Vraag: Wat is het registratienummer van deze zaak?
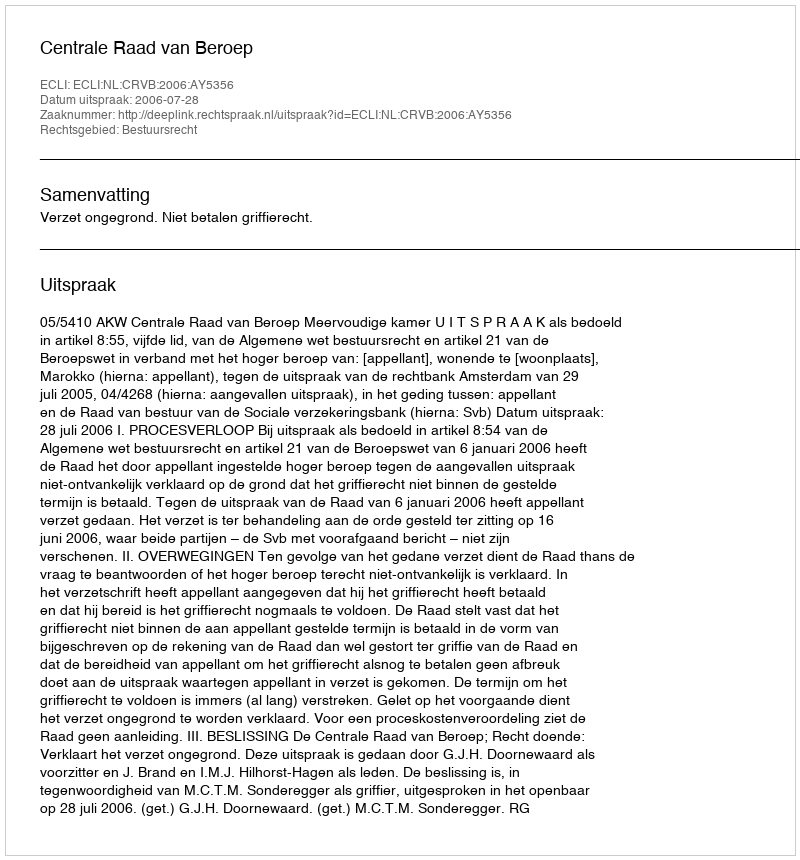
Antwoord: http://deeplink.rechtspraak.nl/uitspraak?id=ECLI:NL:CRVB:2006:AY5356